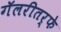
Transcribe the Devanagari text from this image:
गॅलरीतर्फे